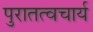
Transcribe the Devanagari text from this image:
पुरातत्वचार्य